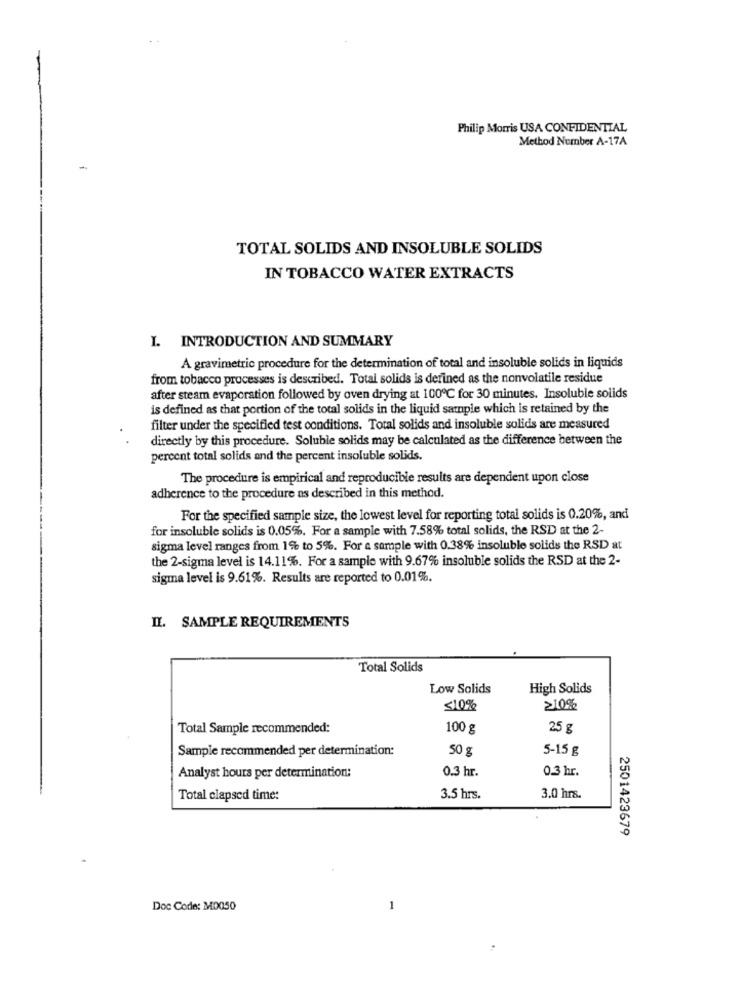
Philip Morris USA CONFIDENTIAL
Method Number A-17A
-
TOTAL SOLIDS AND INSOLUBLE SOLIDS
IN TOBACCO WATER EXTRACTS
I. INTRODUCTION AND SUMMARY
A gravimetric procedure for the determination of total and insoluble solids in liquids
from tobacco processes is described. Total solids is defined as the nonvolatile residue
after steam evaporation followed by oven drying at 100℃ for 30 minutes. Insoluble solids
is defined as that portion of the total solids in the liquid sample which is retained by the
filter under the specified test conditions. Total solids and insoluble solids are measured
directly by this procedure. Soluble solids may be calculated as the difference between the
percent total solids and the percent insoluble solids.
The procedure is empirical and reproducible results are dependent upon close
adherence to the procedure as described in this method.
For the specified sample size, the lowest level for reporting total solids is 0.20%, and
for insoluble solids is 0.05%. For a sample with 7.58% total solids, the RSD at the 2-
sigma level ranges from 1% to 5%. For a sample with 0.38% insoluble solids the RSD at
the 2-sigma level is 14.11%. For a sample with 9.67% insoluble solids the RSD at the 2-
sigma level is 9.61%. Results are reported to 0.01%.
IL. SAMPLE REQUIREMENTS
Total Solids
Low Solids
High Solids
<10%
≥10%
Total Sample recommended:
100 g
25 g
Sample recommended per determination:
50 g
5-15 g
Analyst hours per determination:
0.3 hr.
0.3 hr.
Total clapsed time:
3.5 hrs.
3.0 hrs.
2501423679
Doc Code: M0050
-